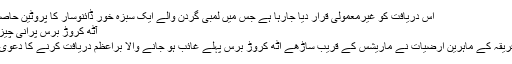
اس دریافت کو غیرمعمولی قرار دیا جارہا ہے جس میں لمبی گردن والے ایک سبزہ خور ڈائنوسار کا پروٹین حاصل کیا…
آٹھ کروڑ برس پرانی چیز دریافت
جنوبی افریقہ کے ماہرین ارضیات نے ماریشس کے قریب ساڑھے آٹھ کروڑ برس پہلے غائب ہو جانے والا براعظم دریافت کرنے کا دعویٰ کیا ہے۔